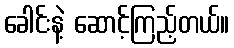
ခေါင်းနဲ့ ဆောင့်ကြည့်တယ်။